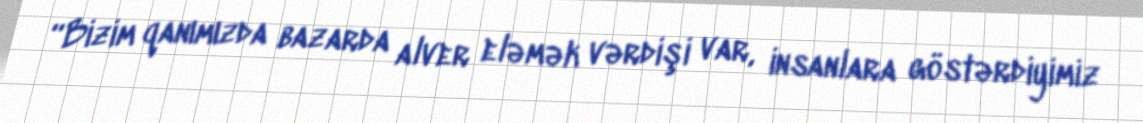
“Bizim qanımızda bazarda alver eləmək vərdişi var, insanlara göstərdiyimiz